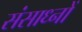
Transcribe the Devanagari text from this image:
संसाध्नों